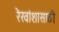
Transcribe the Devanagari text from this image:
रेखांशासाठी